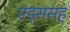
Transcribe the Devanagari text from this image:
एड्ससह